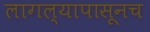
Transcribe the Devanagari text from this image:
लागल्यापासूनच